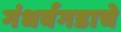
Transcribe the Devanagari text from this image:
गंधर्वगडाचे